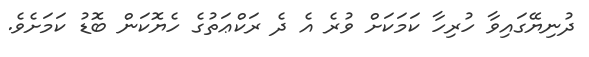
ދުނިޔޭގައިވާ ހުރިހާ ކަމަކަށް ވުރެ އެ ދެ ރަކްޢަތުގެ ހެޔޮކަން ބޮޑު ކަމަށެވެ.